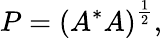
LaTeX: P=\left(A^{*}A\right)^{\frac{1}{2}},